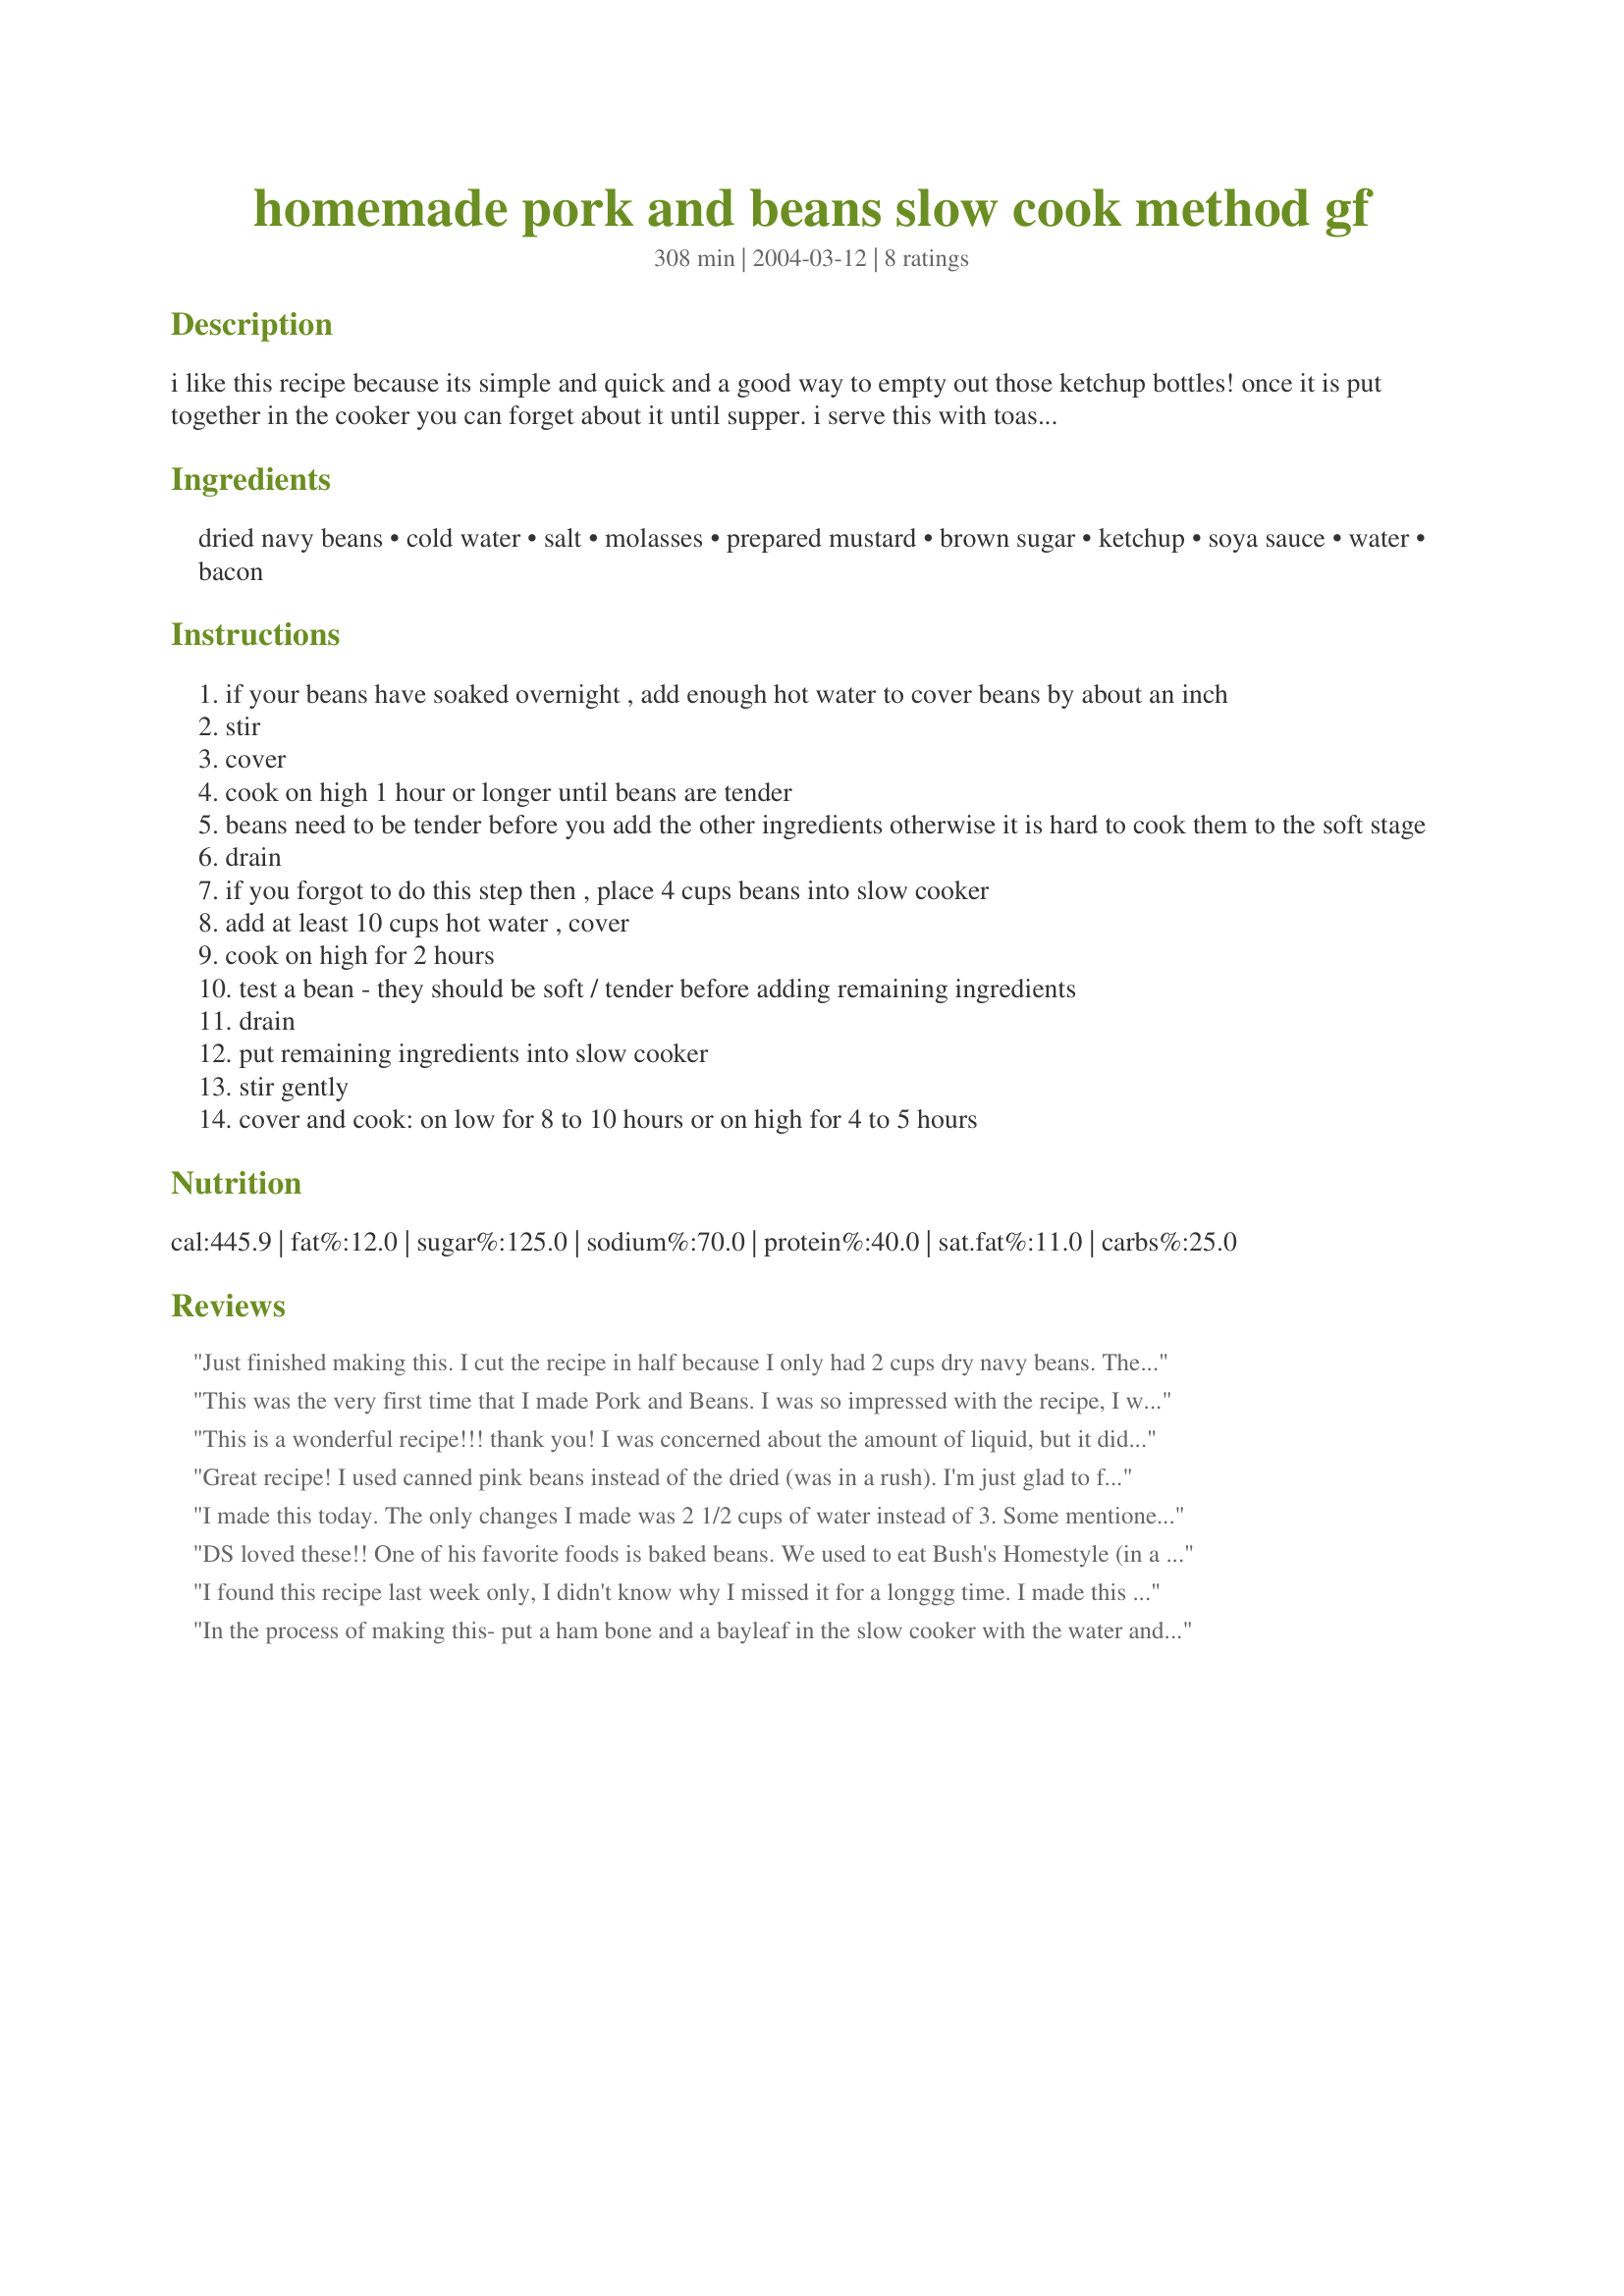
homemade pork and beans slow cook method gf
Preparation time: 308 minutes

i like this recipe because its simple and quick and a good way to empty out those ketchup bottles! once it is put together in the cooker you can forget about it until supper. i serve this with toast and a salad. the leftovers are frozen and added to homemade chili. for those on gluten free diets, please make sure all your ingredients are gf.

Ingredients:
dried navy beans, cold water, salt, molasses, prepared mustard, brown sugar, ketchup, soya sauce, water, bacon

Steps:
if your beans have soaked overnight , add enough hot water to cover beans by about an inch
stir
cover
cook on high 1 hour or longer until beans are tender
beans need to be tender before you add the other ingredients otherwise it is hard to cook them to the soft stage
drain
if you forgot to do this step then , place 4 cups beans into slow cooker
add at least 10 cups hot water , cover
cook on high for 2 hours
test a bean - they should be soft / tender before adding remaining ingredients
drain
put remaining ingredients into slow cooker
stir gently
cover and cook: on low for 8 to 10 hours or on high for 4 to 5 hours

Reviews:
Just finished making this. I cut the recipe in half because I only had 2 cups dry navy beans. These beans were awesome. I will make this recipe many more times. Even my husband, who prefers pork &amp; beans from cans, loved them.
This was the very first time that I made Pork and Beans. I was so impressed with the recipe, I will definitely make it again. The only item that I omitted was the soya sauce. Thank you for sharing :)
This is a wonderful recipe!!! thank you! I was concerned about the amount of liquid, but it did cook down. My beans must have been old because it's on it's 2nd day of cooking and they're just now getting soft. I used molasses and the smell is wonderful (even the cats were sniffing the air!). I did not use the soy sauce though....just doesn't sound right!
thanks again!
Great recipe! I used canned pink beans instead of the dried (was in a rush). I'm just glad to find a recipe that *doesn't* use prepared baked beans.

This had a good balance of sweet and savory. Other recipes I've tried had WAY too much molasses, and turned out looking black in color instead of brown, the way these did.
I made this today. The only changes I made was 2 1/2 cups of water instead of 3. Some mentioned it being too &quot;soupy&quot;. Also I didn&#039;t have molasses so I used honey. It turned out great.
DS loved these!! One of his favorite foods is baked beans. We used to eat Bush's Homestyle (in a can) but we realized last year that artificial flavors and colors were a hyperactivity trigger (ADHD) for him. We have since eliminated all of them from his diet using the Feingold Diet (www.feingold.org.) Anyway, I have been trying to find one close and though the sauce was thinner, it was pretty darn good! I used dark corn syrup because I didn't have molasses and I probably added to much for my taste. He loved them though! Next time I will try molasses or even maple syrup! Thank you so much for this recipe!
I found this recipe last week only, I didn't know why I missed it for a longgg time. I made this yesterday. I can not believe the result, it was delish, my husband and I enjoyed it. I will surely make it again (and winner, it's not from a can). Thank you!
In the process of making this- put a ham bone and a bayleaf in the slow cooker with the water and boiled it a bit first, diced about 2 cups of ham cubes to add. Poured boiling water over the beans and soaked them covered for two hours before putting into pressure cooker and cooking for 20 min after steam was up- could have done in 15 min as they were definitely cooked in 20. As I had added extra water to cook the ham bone in, I skimmed off the extra liquid, boiled it down a bit and added back to slow cooker- so far it tates really good and the beans are soft, leaving it overnight on low in the slow cooker!
